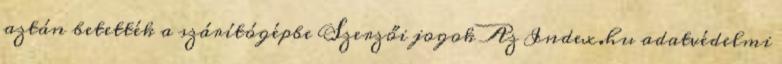
aztán betették a szárítógépbe Szerzői jogok Az Index.hu adatvédelmi